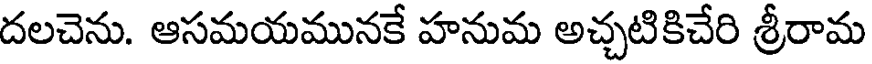
దలచెను. ఆసమయమునకే హనుమ అచ్చటికిచేరి శ్రీరామ